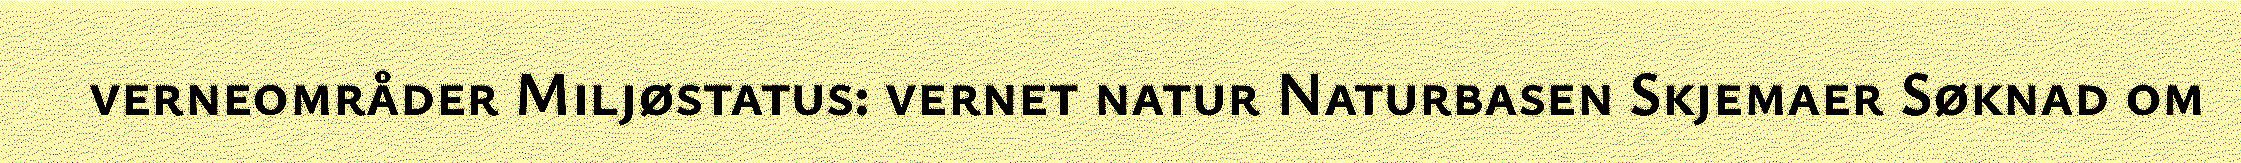
verneområder Miljøstatus: vernet natur Naturbasen Skjemaer Søknad om